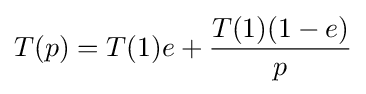
T(p)=T(1)e+{\frac {T(1)(1-e)}{p}}